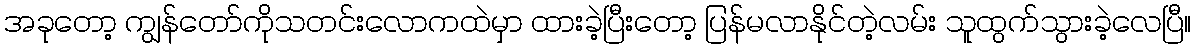
အခုတော့ ကျွန်တော်ကိုသတင်းလောကထဲမှာ ထားခဲ့ပြီးတော့ ပြန်မလာနိုင်တဲ့လမ်း သူထွက်သွားခဲ့လေပြီ။